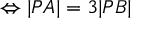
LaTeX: \Leftrightarrow | P A | = 3 | P B |